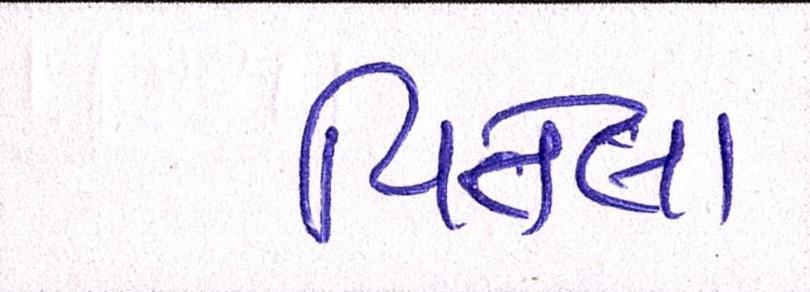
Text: વિતેલા